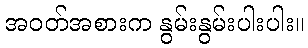
အဝတ်အစားက နွမ်းနွမ်းပါးပါး။